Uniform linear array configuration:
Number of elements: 8
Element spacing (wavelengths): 0.25
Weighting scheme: hamming
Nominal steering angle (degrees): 60
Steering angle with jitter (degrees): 58.662
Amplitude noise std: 0.05
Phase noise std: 0.05

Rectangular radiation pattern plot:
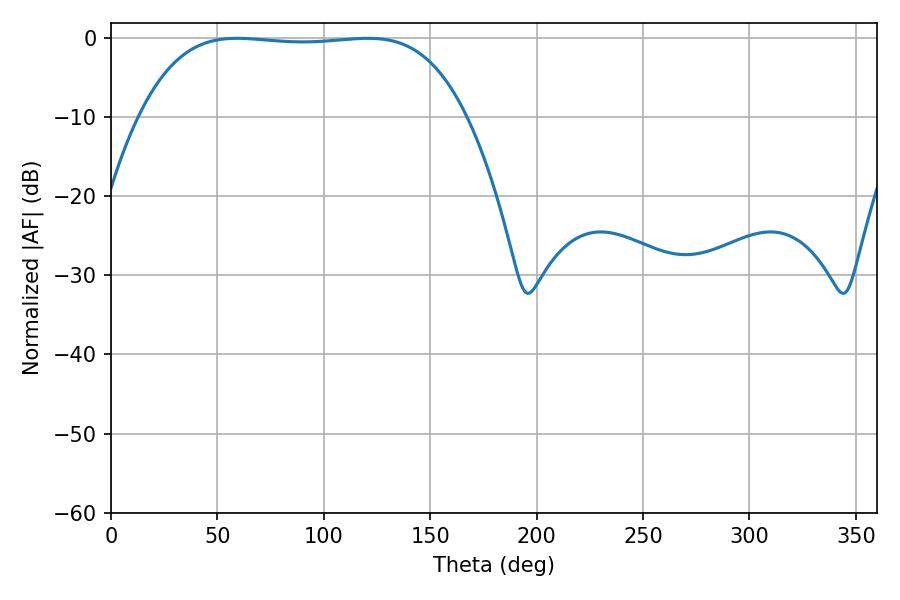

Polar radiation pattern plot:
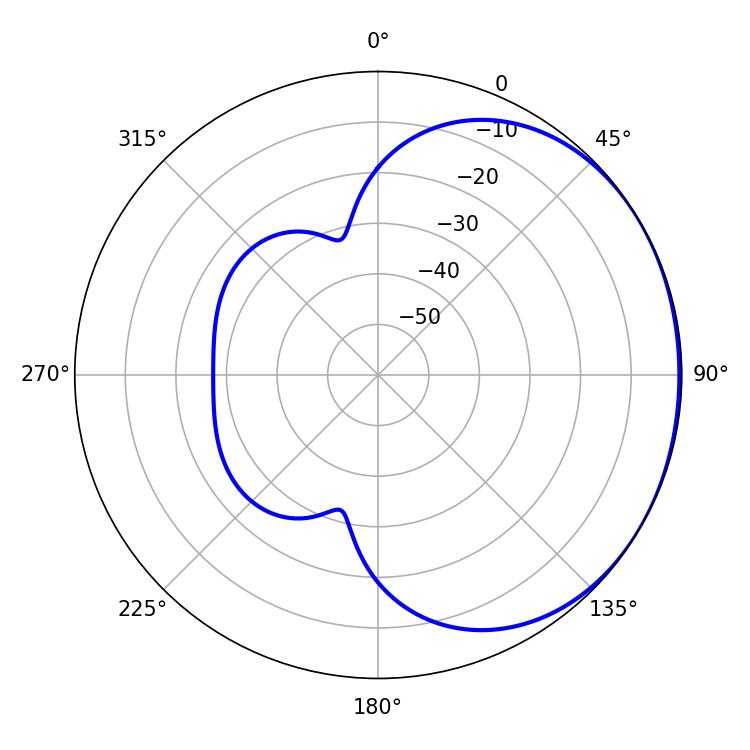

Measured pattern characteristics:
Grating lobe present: FALSE
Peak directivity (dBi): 0.8723
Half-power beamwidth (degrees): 119.52
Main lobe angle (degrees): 59.22